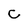
Character: c